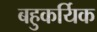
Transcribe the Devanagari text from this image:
बहुकर्यिक